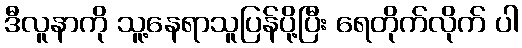
ဒီလူနာကို သူ့နေရာသူပြန်ပို့ပြီး ရေတိုက်လိုက် ပါ